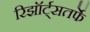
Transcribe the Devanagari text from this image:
रिझॉर्ट्‌सतर्फे